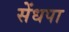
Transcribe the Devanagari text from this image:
सेंधपा